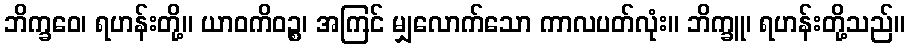
ဘိက္ခဝေ၊ ရဟန်းတို့။ ယာဝကိဝဉ္စ၊ အကြင် မျှလောက်သော ကာလပတ်လုံး။ ဘိက္ခူ၊ ရဟန်းတို့သည်။